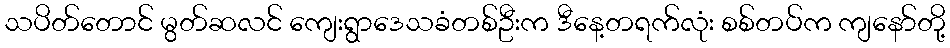
သပိတ်တောင် မွတ်ဆလင် ကျေးရွာဒေသခံတစ်ဦးက ဒီနေ့တရက်လုံး စစ်တပ်က ကျနော်တို့